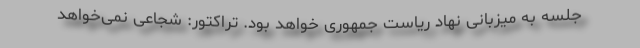
جلسه به میزبانی نهاد ریاست جمهوری خواهد بود. تراکتور: شجاعی نمی‌خواهد